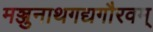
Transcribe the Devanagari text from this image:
मञ्जुनाथगद्यगौरवम्